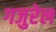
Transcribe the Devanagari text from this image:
गजुरेल